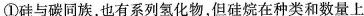
①硅与碳同族，也有系列氢化物，但硅烷在种类和数量上